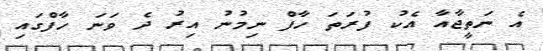
އެ ނަތީޖާއާ އެކު ފުރަތަ ހާފް ނިމުނު އިރު ދެ ވަނަ ހާފްގައި